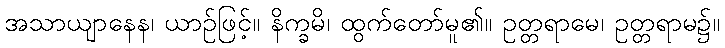
အသာယျာနေန၊ ယာဉ်ဖြင့်။ နိက္ခမိ၊ ထွက်တော်မူ၏။ ဥတ္တရာမေ၊ ဥတ္တရာမ၌။